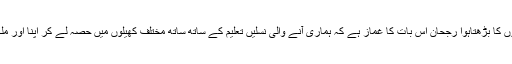
میرپور کے نوجوانوں میں کھیلوں کا بڑھتاہوا رجحان اس بات کا غماز ہے کہ ہماری آنے والی نسلیں تعلیم کے ساتھ ساتھ مختلف کھیلوں میں حصہ لے کر اپنا اور ملک و قوم کا نام روشن کریں گی۔